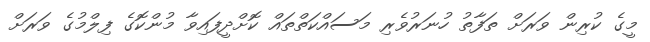
މީގެ ކުރިން ވަރަށް ތަފާތު ހުނަރުވެރި މަސައްކަތްތައް ކޮށްދީފައިވާ މުންކޮގެ ފިލްމުގެ ވަރަށް